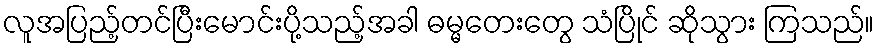
လူအပြည့်တင်ပြီးမောင်းပို့သည့်အခါ ဓမ္မတေးတွေ သံပြိုင် ဆိုသွား ကြသည်။